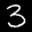
Label: 3